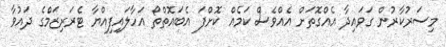
މިސަރުކާރުން ގަވައިދާ އެއްގޮތަށް އެއްވެސް ކަމެއް ކޮށްފަ އެބައޮތްތޯ އަހާލައިފިއްޔާ ޓެރަރިޒަމްގެ ދައުވާ